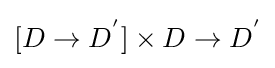
[D\rightarrow D^{'}]\times D\rightarrow D^{'}